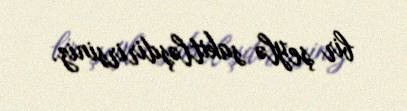
bir şeylə sakitləşdirirsiniz.